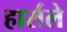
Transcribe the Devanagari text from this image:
हार्सले